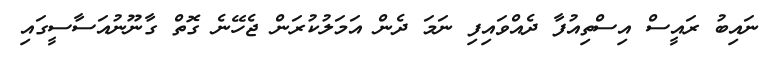
ނައިބު ރައީސް އިސްތިއުފާ ދެއްވައިފި ނަމަ ދެން އަމަލުކުރަން ޖެހޭނެ ގޮތް ގާނޫނުއަސާސީގައި